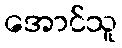
အောင်သူ